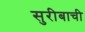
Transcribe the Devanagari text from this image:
सुरीबाची